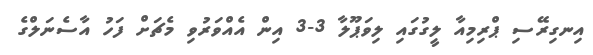
އިނގިރޭސި ޕްރިމިއާ ލީގުގައި ލިވަޕޫލާ 3-3 އިން އެއްވަރުވި މެޗަށް ފަހު އާސެނަލްގެ